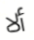
ألا